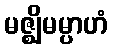
မဇ္ဈိမမ္ပာဟံ